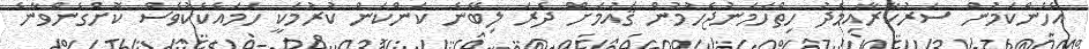
އެހެންކަމުން ސަރުކާރާއިމެދު ހިތްހަމަނުޖެހުމުން ޤައުމަށް ދެރަ ލިބޭނެ ކަންކަން ކުރުމަކީ ހަމައެކެކުވެސް ކޮށްގެންވާނެ